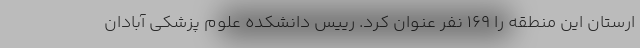
ارستان این منطقه را ۱۶۹ نفر عنوان کرد. رییس دانشکده علوم پزشکی آبادان